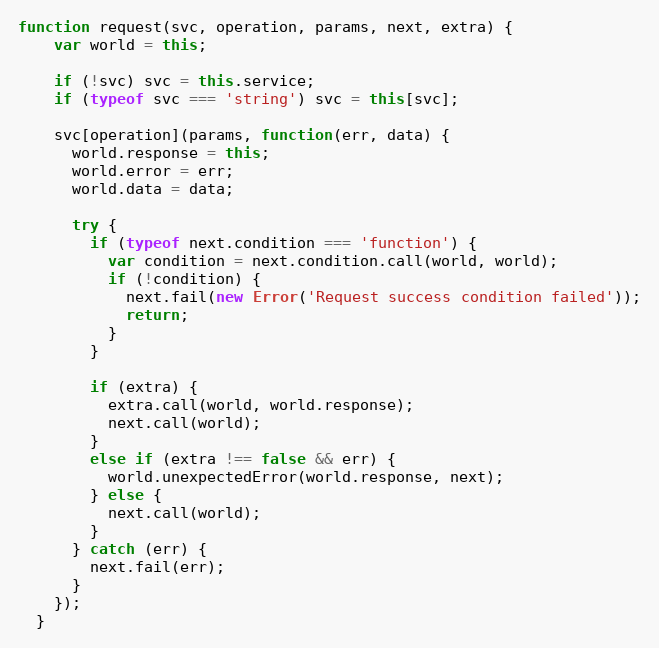
Language: JavaScript
function request(svc, operation, params, next, extra) {
    var world = this;

    if (!svc) svc = this.service;
    if (typeof svc === 'string') svc = this[svc];

    svc[operation](params, function(err, data) {
      world.response = this;
      world.error = err;
      world.data = data;

      try {
        if (typeof next.condition === 'function') {
          var condition = next.condition.call(world, world);
          if (!condition) {
            next.fail(new Error('Request success condition failed'));
            return;
          }
        }

        if (extra) {
          extra.call(world, world.response);
          next.call(world);
        }
        else if (extra !== false && err) {
          world.unexpectedError(world.response, next);
        } else {
          next.call(world);
        }
      } catch (err) {
        next.fail(err);
      }
    });
  }